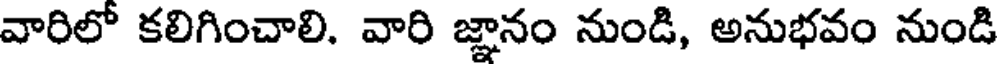
వారిలో కలిగించాలి. వారి జ్ఞానం నుండి, అనుభవం నుండి